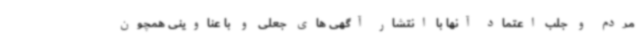
مردم و جلب اعتماد آنها با انتشار آگهی های جعلی و با عناوینی همچون